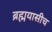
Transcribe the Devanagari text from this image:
ब्रह्मयासीच